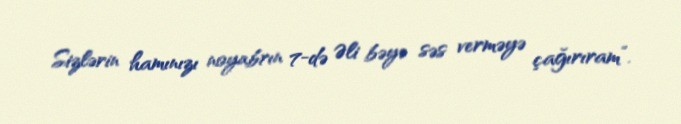
Sizlərin hamınızı noyabrın 7-də Əli bəyə səs verməyə çağırıram”.